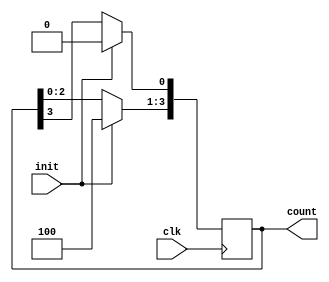
module ringcounter(clk,init,count);
 input clk,init;
 output reg [3:0]count;
 
 always@(posedge clk)
   begin
    if (init)
      count <= 4'b1000;
    else
      begin
       count <= count<<1;
       count[0] <= count[3];
      end
   end
endmodule